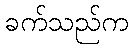
ခက်သည်က